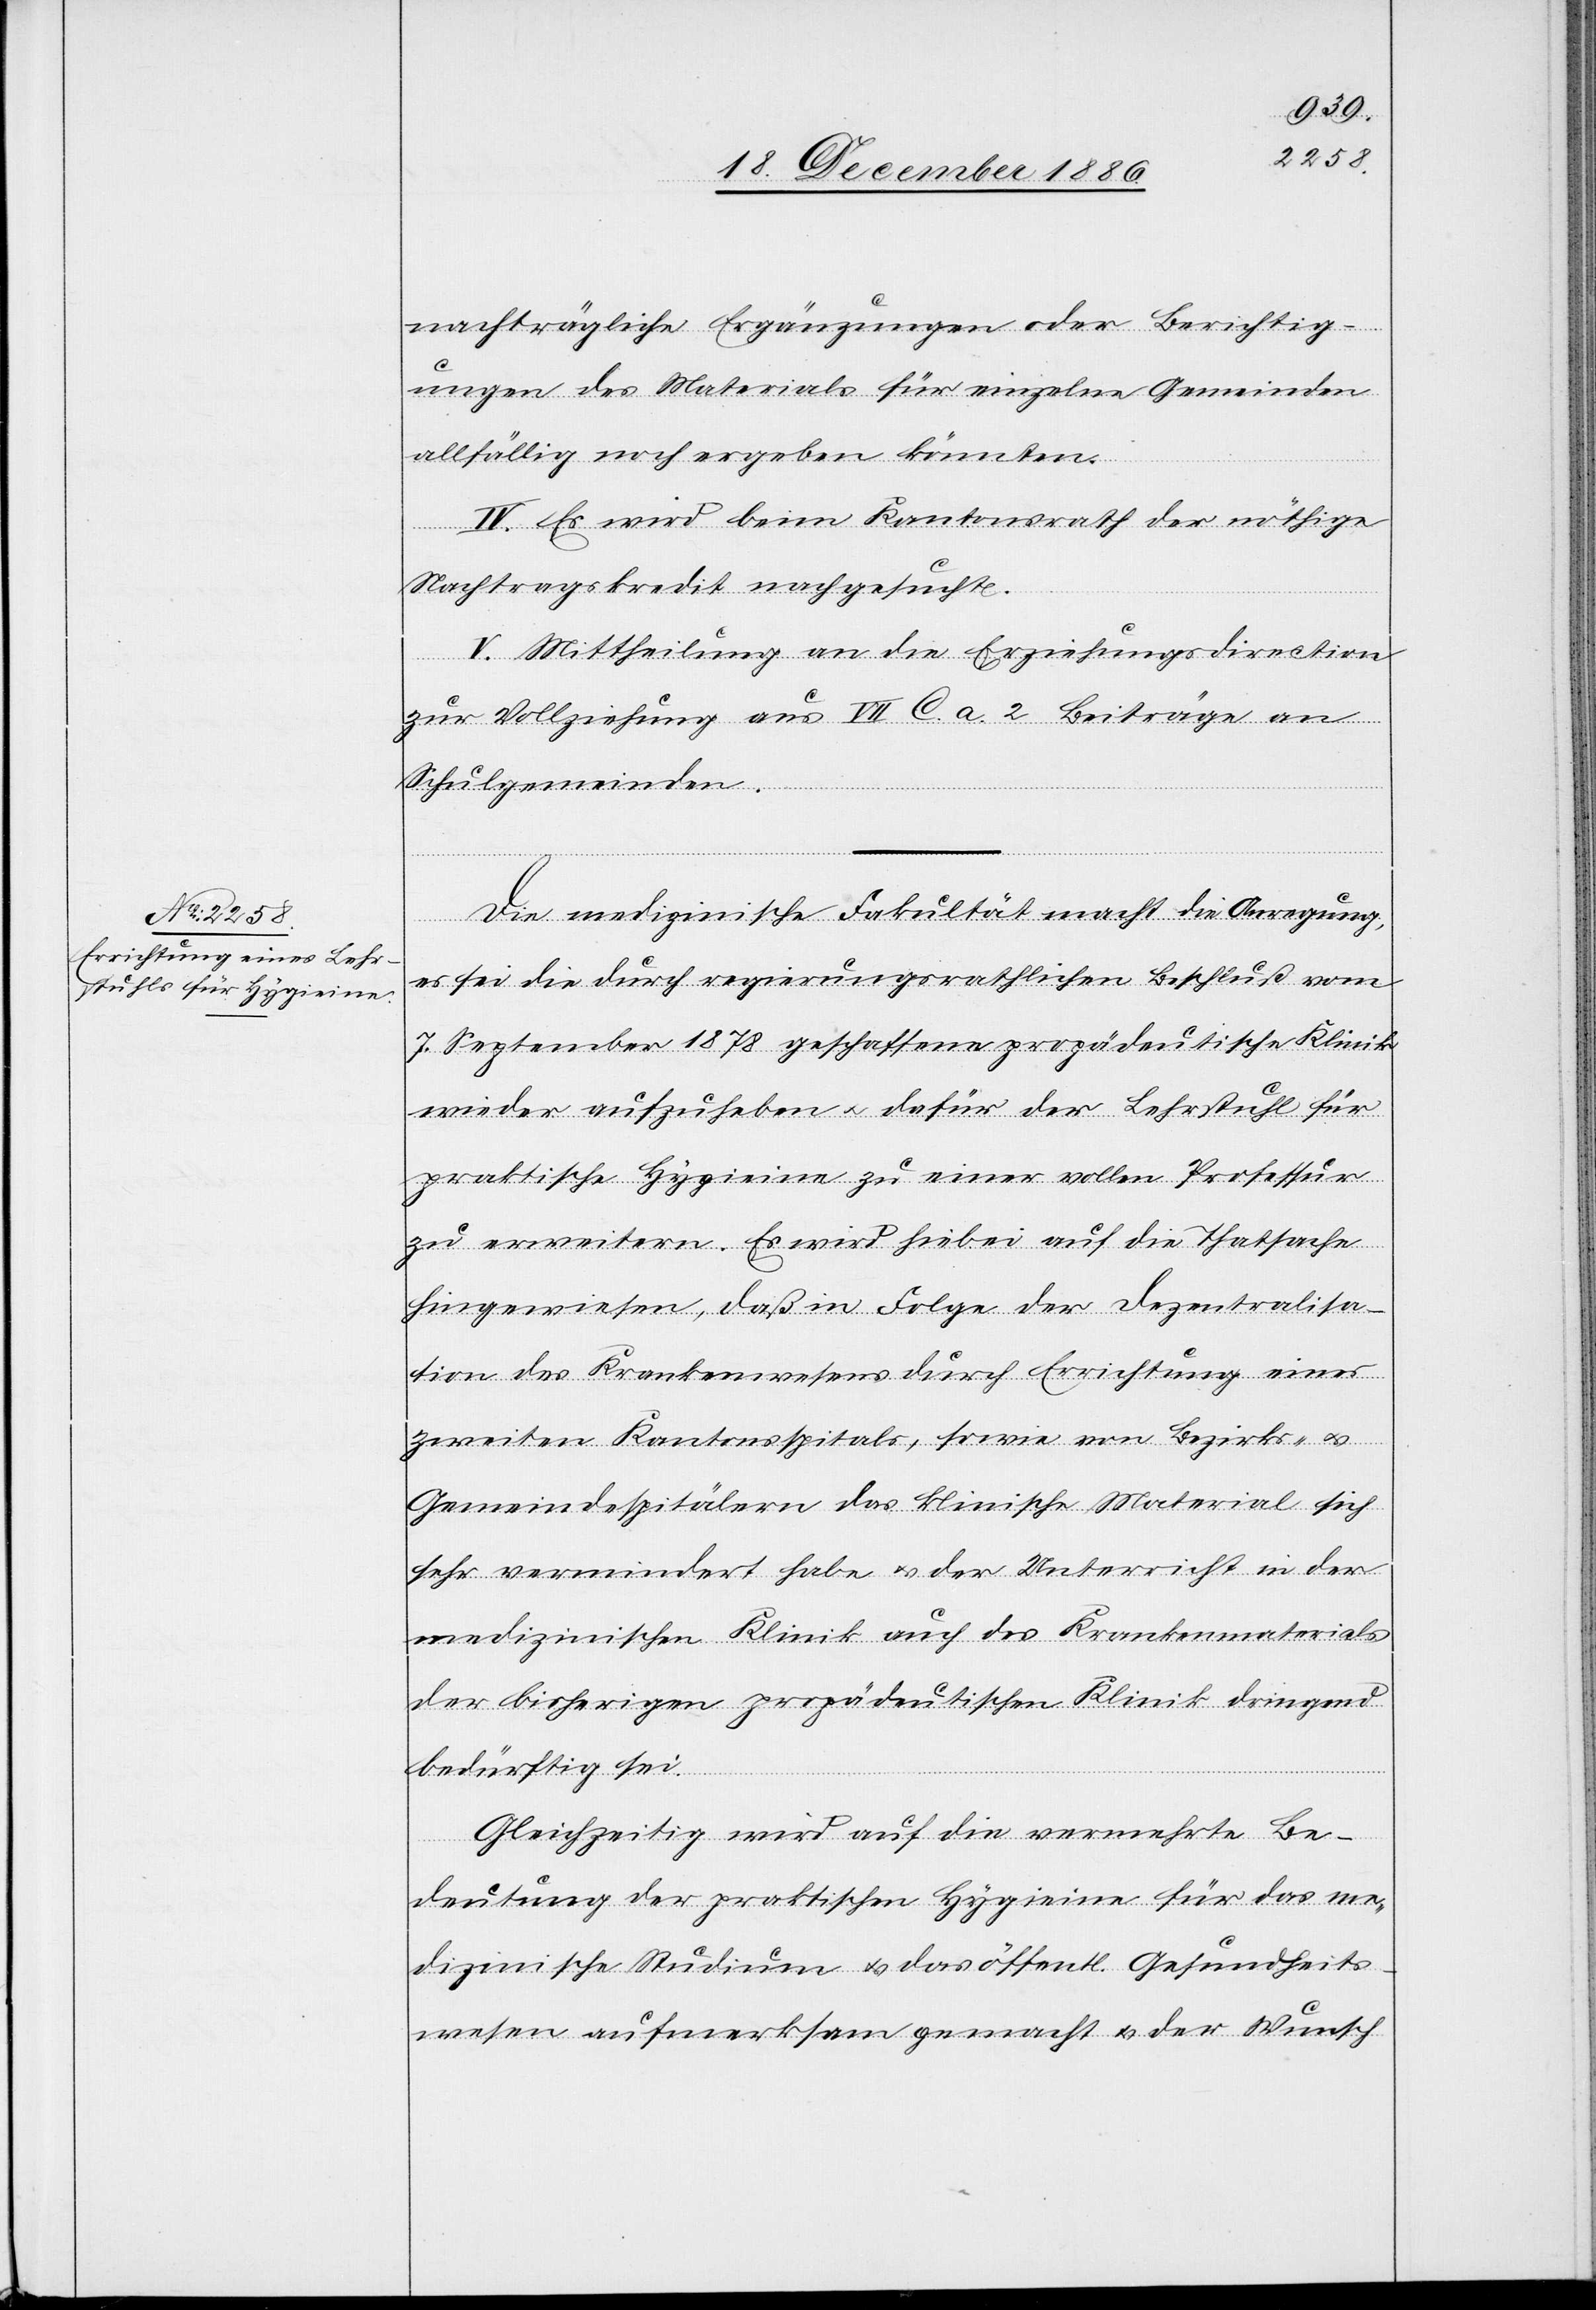
nachträgliche Ergänzungen oder Berichtig¬
ungen des Materials für einzelne Gemeinden
allfällig noch ergeben könnten.
IV. Es wird beim Kantonsrath der nöthige
Nachtragskredit nachgesucht.
V. Mittheilung an die Erziehungsdirection
zur Vollziehung aus VII C. a. 2 Beiträge an
Schulgemeinden.
Die medizinische Fakultät macht die Anregung,
es sei die durch regierungsrathlichen [sic!] Beschluß vom
7. September 1878 geschaffene propädeutische Klinik
wieder aufzuheben & dafür der Lehrstuhl für
praktische Hygieine zu einer vollen Professur
zu erweitern. Es wird hiebei auf die Thatsache
hingewiesen, daß in Folge der Dezentralisa¬
tion des Krankenwesens durch Errichtung eines
zweiten Kantonsspitals, sowie von Bezirks- &
Gemeindespitälern das klinische Material sich
sehr vermindert habe & der Unterricht in der
medizinischen Klinik auch des Krankenmaterials
der bisherigen propädeutischen Klinik dringend
bedürftig sei.
Gleichzeitig wird auf die vermehrte Be¬
deutung der praktischen Hygieine für das me¬
dizinische Studium & das öffentl. Gesundheits¬
wesen aufmerksam gemacht & der Wunsch